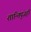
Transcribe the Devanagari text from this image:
शान्तिपुंजहैं।